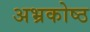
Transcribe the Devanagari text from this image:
अभ्रकोष्ठ